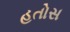
હતોસ